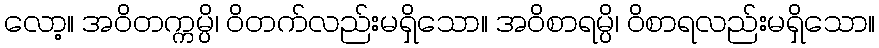
လော့။ အဝိတက္ကမ္ပိ၊ ဝိတက်လည်းမရှိသော။ အဝိစာရမ္ပိ၊ ဝိစာရလည်းမရှိသော။